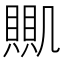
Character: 𧶹